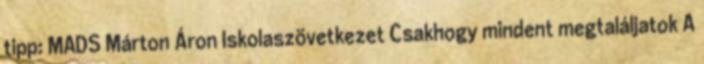
tipp: MADS Márton Áron Iskolaszövetkezet Csakhogy mindent megtaláljatok A